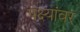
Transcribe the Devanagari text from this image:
पक्ष्यांवर